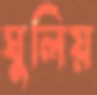
ঘুলিয়